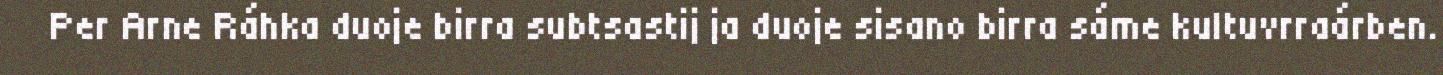
Per Arne Ráhka duoje birra subtsastij ja duoje sisano birra sáme kultuvrraárben.